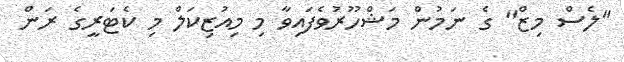
"ލެސް މިޒް" ގެ ނަމުން މަޝްހޫރުވެފައިވާ މި މިއުޒިކަލް މި ކެޓަރީގެ ރަން